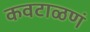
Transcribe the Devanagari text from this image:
कवटाळणं